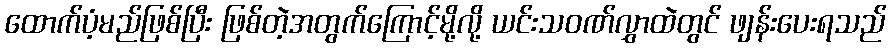
ထောက်ပံ့မည်ဖြစ်ပြီး ဖြစ်တဲ့အတွက်ကြောင့်မို့လို့ ယင်းသဝဏ်လွှာထဲတွင် ဖျန်းပေးရသည်